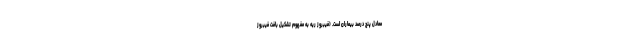
معادل پنج درصد بیماران است. (فیبروز ریه به مفهوم تشکیل بافت فیبروز